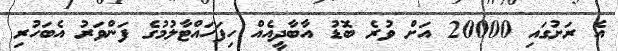
އެ ރަށުގައި 20000 އަށް ވުރެ ބޮޑު އާބާދީއެއް ހިފަހައްޓާލުމުގެ ފަންވަރު އެބަހުރި